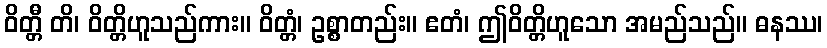
ဝိတ္တီ တိ၊ ဝိတ္တိဟူသည်ကား။ ဝိတ္တံ၊ ဥစ္စာတည်း။ ဧတံ၊ ဤဝိတ္တိဟူသော အမည်သည်။ ဓနဿ၊